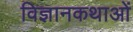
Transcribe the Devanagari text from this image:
विज्ञानकथाओं